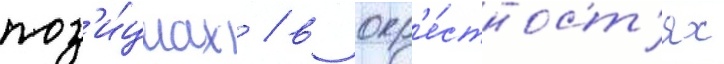
поз'и́циах / в окр'е́стност'ях